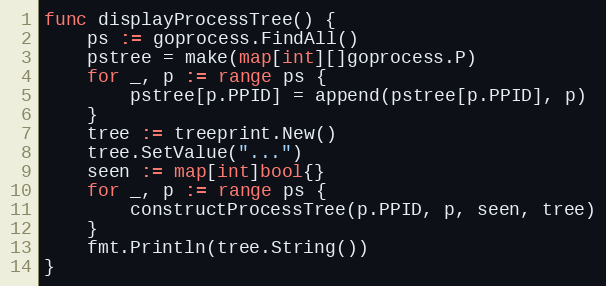
Language: Go
func displayProcessTree() {
	ps := goprocess.FindAll()
	pstree = make(map[int][]goprocess.P)
	for _, p := range ps {
		pstree[p.PPID] = append(pstree[p.PPID], p)
	}
	tree := treeprint.New()
	tree.SetValue("...")
	seen := map[int]bool{}
	for _, p := range ps {
		constructProcessTree(p.PPID, p, seen, tree)
	}
	fmt.Println(tree.String())
}